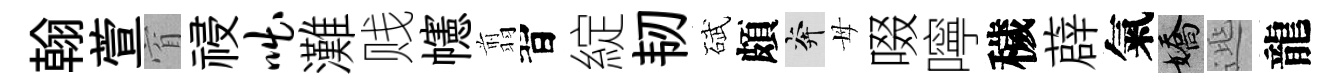
翰萱窅祲咄灘贱幰翦習綻韧碔頗奔母啜嚀穢薜氣嬌𨓱龍